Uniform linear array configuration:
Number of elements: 8
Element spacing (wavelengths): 0.5
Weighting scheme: hann
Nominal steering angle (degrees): -60
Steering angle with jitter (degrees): -60.995
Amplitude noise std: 0.05
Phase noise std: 0.05

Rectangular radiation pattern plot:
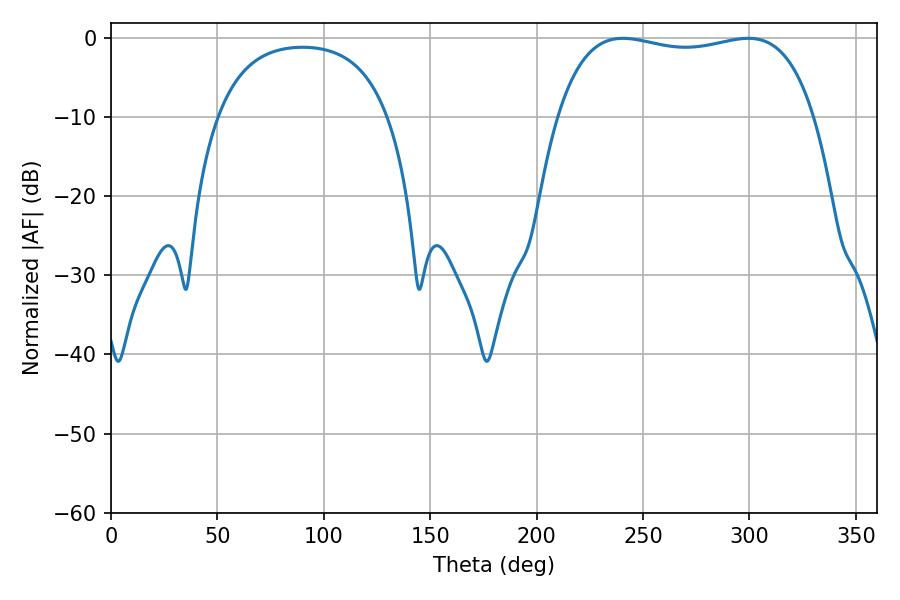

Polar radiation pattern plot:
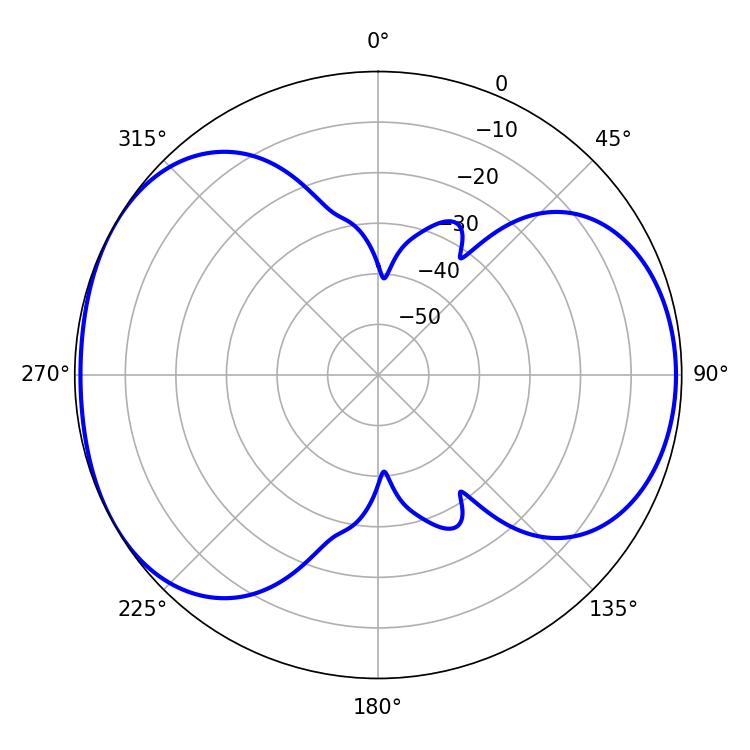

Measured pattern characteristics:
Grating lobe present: FALSE
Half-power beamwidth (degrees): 97.2
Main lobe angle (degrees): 240.48